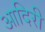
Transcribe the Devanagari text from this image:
आदिरी